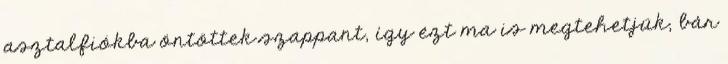
asztalfiókba öntöttek szappant, így ezt ma is megtehetjük, bár